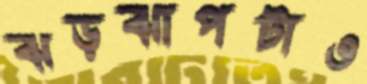
ঝড়ঝাপটাও